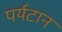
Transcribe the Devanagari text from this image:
पर्यटान